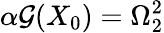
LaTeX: \alpha\mathcal{G}(X_{0})=\Omega_{2}^{2}